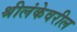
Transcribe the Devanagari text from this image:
श्रीलंकेवरील